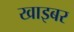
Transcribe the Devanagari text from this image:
खाइबर